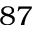
8 7